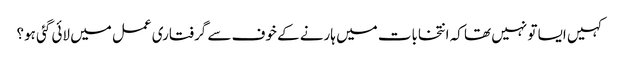
کہیں ایسا تو نہیں تھا کہ انتخابات میں ہارنے کے خوف سے گرفتاری عمل میں لائی گئی ہو؟